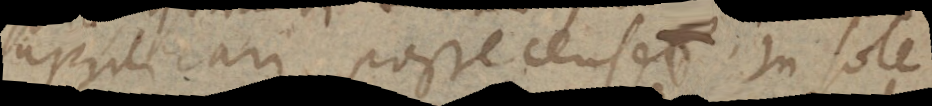
applicari posse censet. In sole